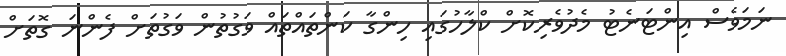
ނަމަވެސް އިންޓަނެޓު މެދުވެރިކޮށް ކްލާހުގައި ހިންގާ ކަންތައްތައް ވަގުތުން ވަގުތަށް ފެންނަ ގޮތަށް